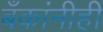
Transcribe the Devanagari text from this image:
बँकांनीही